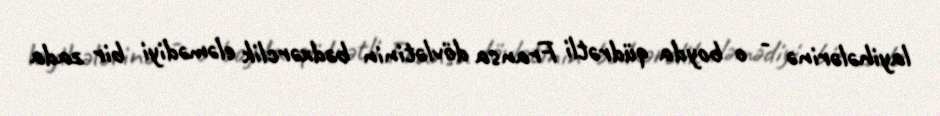
layihələrinə - o boyda qüdrətli Fransa dövlətinin bədxərclik eləmədiyi bir zada